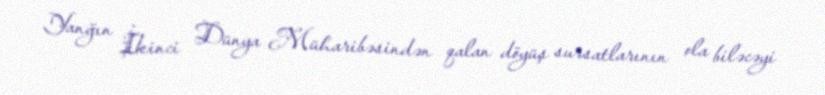
Yanğın İkinci Dünya Müharibəsindən qalan döyüş sursatlarının ola biləcəyi